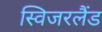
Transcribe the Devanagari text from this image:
स्विजरलैंड